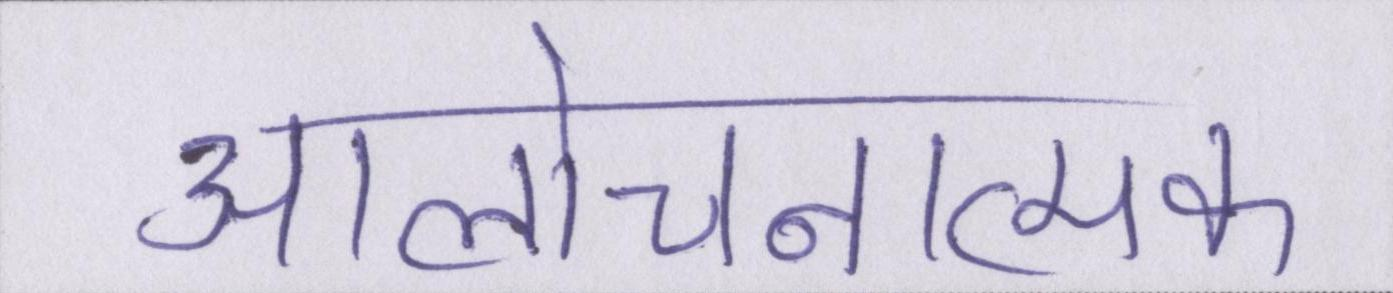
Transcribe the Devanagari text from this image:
आलोचनात्मक